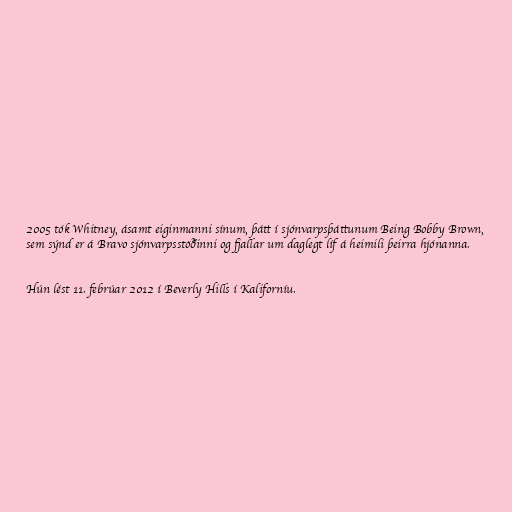
2005 tók Whitney, ásamt eiginmanni sínum, þátt í sjónvarpsþáttunum Being Bobby Brown,
sem sýnd er á Bravo sjónvarpsstöðinni og fjallar um daglegt líf á heimili þeirra hjónanna.

Hún lést 11. febrúar 2012 í Beverly Hills í Kaliforníu.